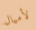
لأميال